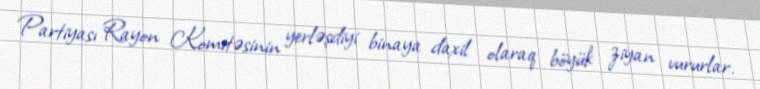
Partiyası Rayon Komitəsinin yerləşdiyi binaya daxil olaraq böyük ziyan vururlar.